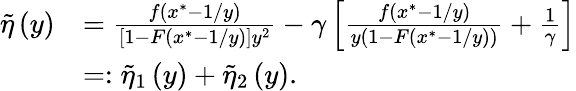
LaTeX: \begin{array}{rl}{\tilde{\eta}\left(y\right)}&{=\frac{f(x^{*}-1/y)}{[1-F(x^{*}-1/y)]y^{2}}-\gamma\left[\frac{f(x^{*}-1/y)}{y(1-F(x^{*}-1/y))}+\frac{1}{\gamma}\right]}\\ &{=:\tilde{\eta}_{1}\left(y\right)+\tilde{\eta}_{2}\left(y\right).}\end{array}